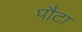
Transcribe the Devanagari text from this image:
पौटा